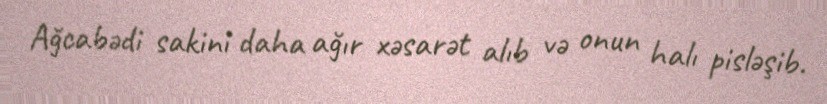
Ağcabədi sakini daha ağır xəsarət alıb və onun halı pisləşib.